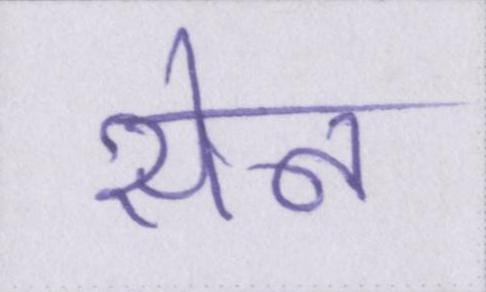
सेन